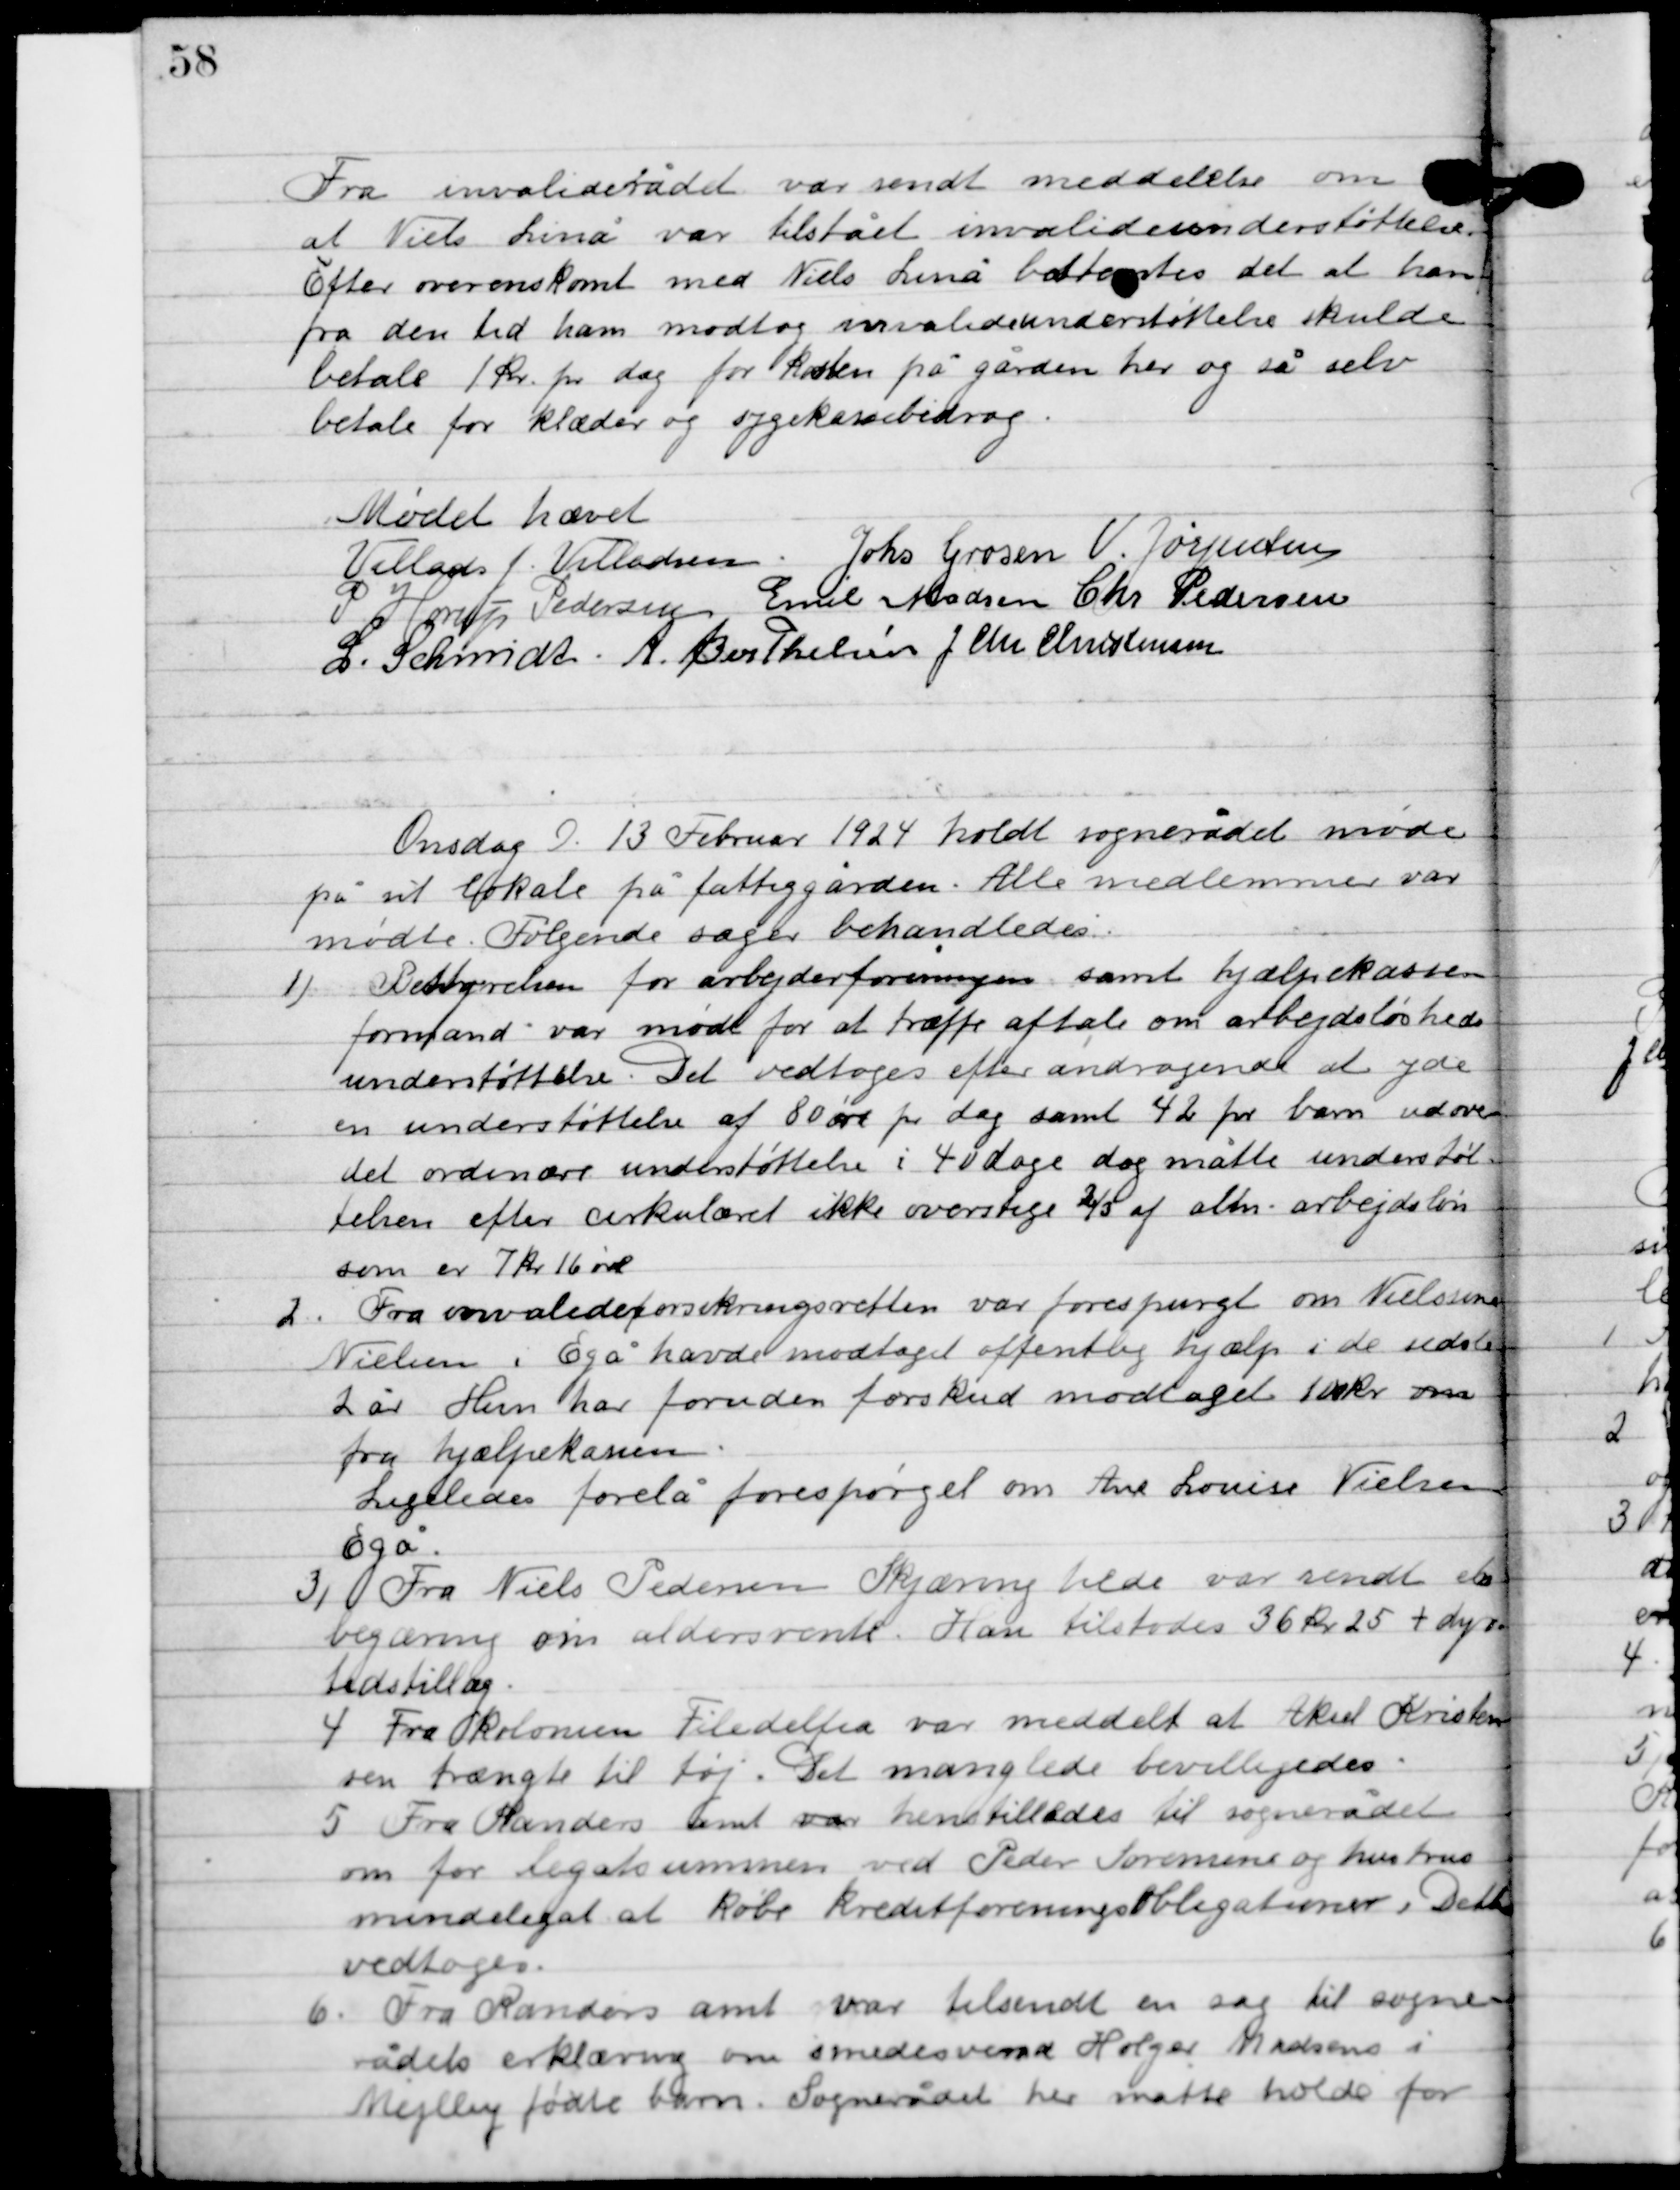
Transskription:
Fra invaliderådet var sendt meddelelse om 
at Niels Linå var tilstået invalideunderstøttelse. 
 Efter overenskomst med Niels Linå besttes det at han 
fra den tid ham modtog invalideunderstøttelse skulde
 betale 1 kr. pr. dag for kørsel på gården her og så selv 
betale for klæder og sygekassebidrag.

Mødet hævet

Villads J. Villadsen
Johs. Grosen
V. Jørgensen
P. Horup Pedersen
Emil Madsen
Chr. Pedersen
L. Schmidt
A. Berthelsen
J. Chr. Christensen

Onsdag D. 13. februar 1924 holdt sognerådet møde
på sit lokale på fattiggården. Alle medlemmer var
mødte. Følgende sager behandledes.

1

Bestyrelsen for arbejderforeningen samt hjælpekassens
formand var mødt for at træffe aftale om arbejdsløsheds-
understøttelse. Det vedtoges efter andragende at yde
en understøttelse af 80 øre pr. dag samt 42 pr. barn ud over
det ordinære understøttelse i 40 dage dog måtte understøt-
telsen efter cirkulæret ikke overstige 2/3 af alm arbejdsløn
som er 7 kr. 16 øre.

2

Fra invalideforsikringsretten var forespurgt om Nielsine
Nilsen, Egå havde modtaget offentlig hjælp i de sidste
2 år. Hun har foruden forskud modtaget 100 kr.
fra hjælpeklassen.
Ligeledes forelå forespørgsel om ane Louise Nielsen
Egå.

3

Fra Niels Pedersen Skjæring hede var sendt et
begæring om aldersrente. Han tilstodes 36 kr. 25 + dyr-
tidstillæg.

4

Fra Kolonien Filadelfia var meddelt at Aksel Kristensen
trængte til tøj. Det manglede bevilligedes.

5

Fra Randers amt var henstilledes til sognerådet
om for legatsummen ved Peder Sørensen og hustrus
mindelegat at købe kreditforeningsobligationer. Dette
vedtoges.

6

Fra Randers amt var tilsendt en sag til sogne-
rådets erklæring om smedesvend Holger Madsens i
Mejlby fødte barn. Sognerådet her måtte holde for